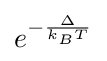
e^{-{\frac {\Delta }{k_{B}T}}}